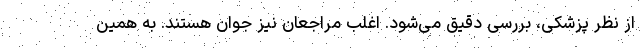
از نظر پزشکی، بررسی دقیق می‌شود. اغلب مراجعان نیز جوان هستند. به همین